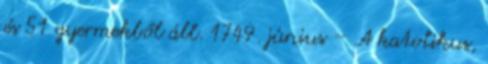
és 51 gyermekből áll. 1749. június – A katolikus,